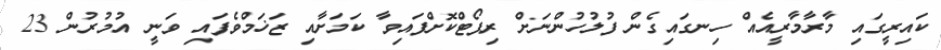
ކައިރީގައި މާރާމާރީއެއް ހިނގައިގެން ފުލުހުންނަށް ރިޕޯޓްކޮށްފައިވާ ކަމަށާއި ޒަޚަމްވެފައި ވަނީ އުމުރުން 23